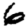
Digit: 6